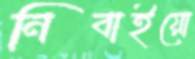
নিবাইয়ো